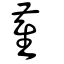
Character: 雈